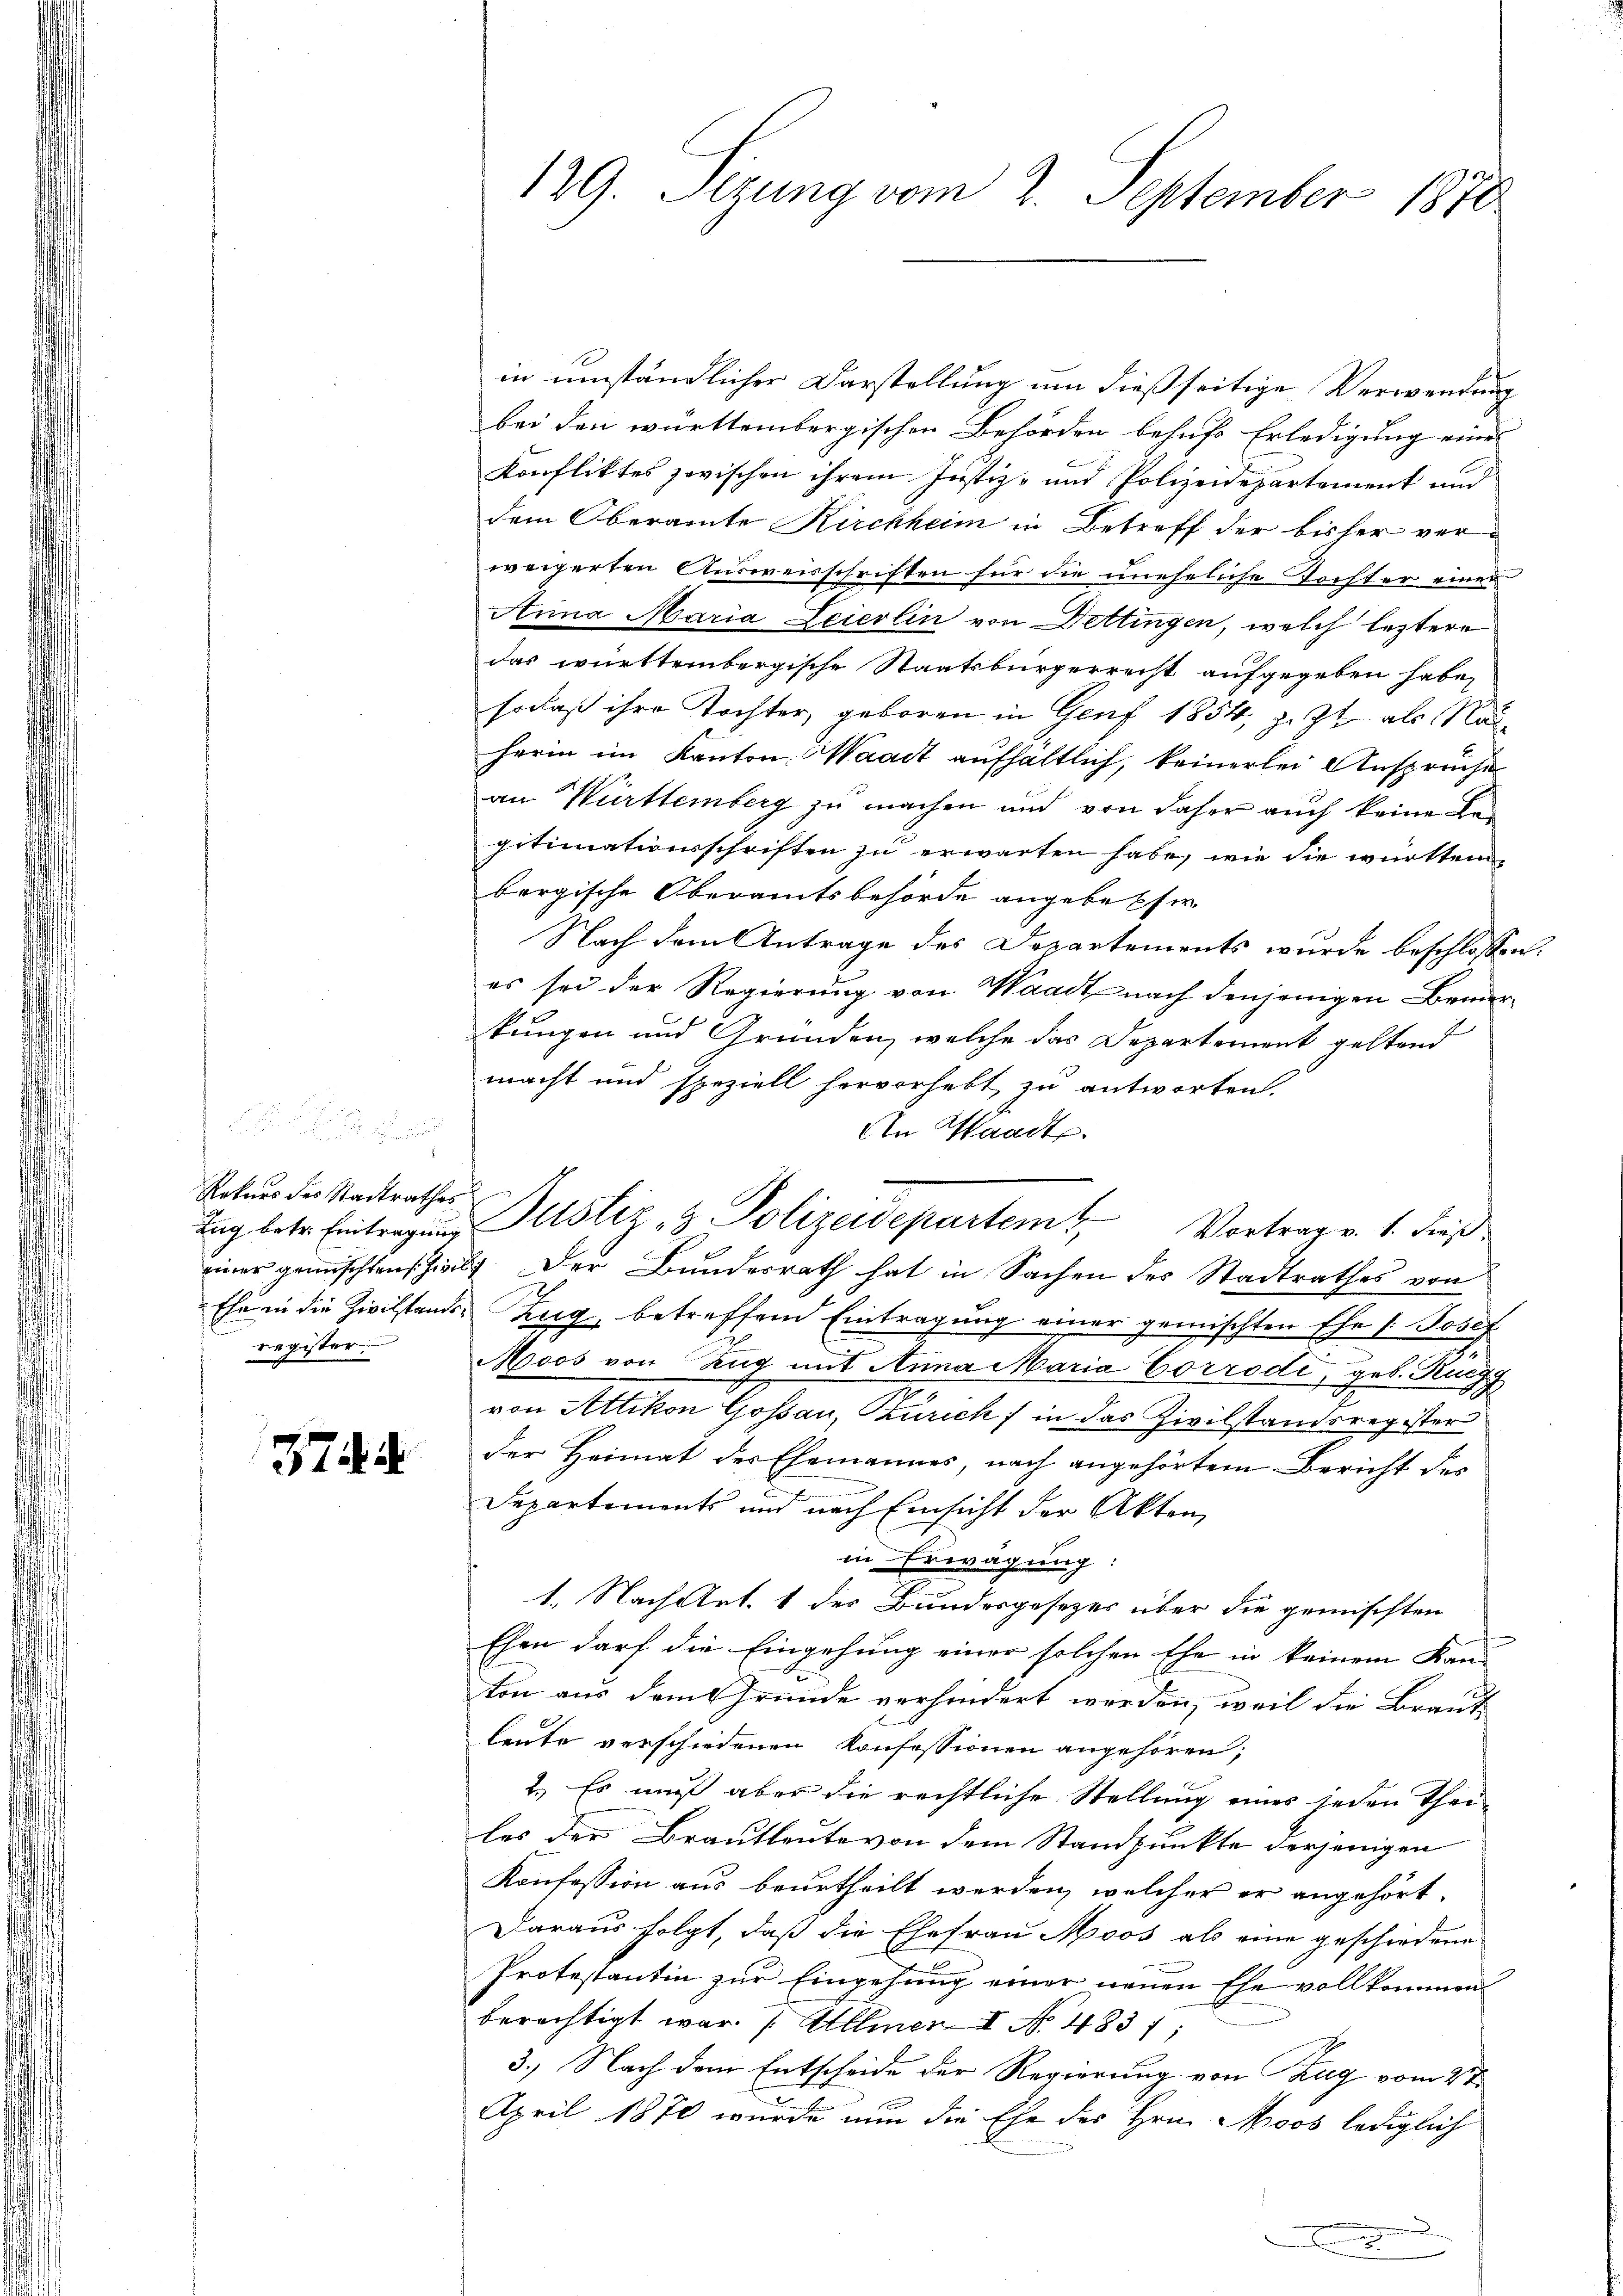
Rekurs des Stadtrathes
Ehe in die Zivilstanden
register.

3744

129. Sezung vom 2. September 1870

in umständlicher Darstellung um dießseitige Verwendung
bei den württembergischen Behörden behufs Erledigung eine
Konfliktes zwischen ihrem Justiz- und Polizeidepartement und
dem Oberamte Kirchheim in Betreff der bisher verweigerten Ausweisschriften für die uneheliche Tochter einer
Arina Maria Feierlin von Dettingen, welch leztere
das württembergische Staatsbürgerrecht aufgegeben habe,
sodaß ihre Tochter, geboren in Genf 1854, jezt als Nac
herin im Kanton Waadt aufhältlich, keinerlei Ansprüche
an Württemberg zu machen und von daher auch keine Begitimationsschriften zu erwarten habe, wie die württembergische Oberamtsbehörde angebesser
Nach dem Antrage des Departements wurde beschlossen:
es sei der Regierung von Waadt nach denjenigen Bemerkungen und Gründen, welche das Departement geltend
macht und speziell hervorhebt zu antworten.
einer gemischten hielt. Der Bundesrath hat in Sachen der Stadtrathes von
Zug, betreffend Eintragung einer gemischten Ehe 1. Josef
Moos von Zug mit Anna Maria Corrodi, geb. Kur
von Altikon Gossau, Zürich) in das Zivilstandsregister
der Heimat des Ehemannes, nach angehörtem Bericht des
Departements und nach Einsicht der Akten,
in Erwägung:
1. Nach Art. 1 des Bundesgesezes über die gemischten
Ehen darf die Eingehung einer solchen Ehe in keinem Kan-
ton aus dem Grunde verhindert werden, weil die Braut-
leute verschiedenen Konfessionen angehören;
2.) Es muß aber die rechtliche Stellung eines jeden Theiles der Brautleute von dem Standpunkte derjenigen
Konfession aus beurtheilt werden, welcher er angehört,
Daraus folgt, daß die Ehefrau Moos als eine geschiedene
Protestantin zur Eingehung einer neuen Ehe vollkommen
berechtigt war. Allmer I No. 4831;
3.) Nach dem Entscheide der Regierung von Zug vom 2te
April 1870 wurde nun die Ehe des Hrn. Moos lediglich
.
.

An Waadt.
Tag betr. Eintragung Pustiz- & Polizeidepartem Vortrag v. 1. dieß